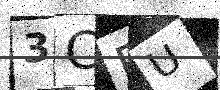
Text: 3CRU